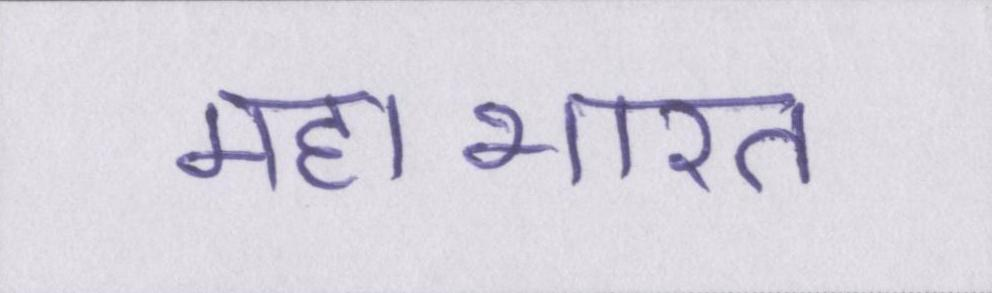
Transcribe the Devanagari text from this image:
महाभारत